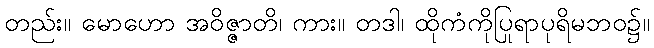
တည်း။ မောဟော အဝိဇ္ဇာတိ၊ ကား။ တဒါ၊ ထိုကံကိုပြုရာပုရိမဘဝ၌။